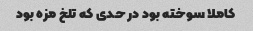
کاملا سوخته بود در حدی که تلخ مزه بود